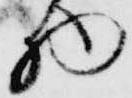
物